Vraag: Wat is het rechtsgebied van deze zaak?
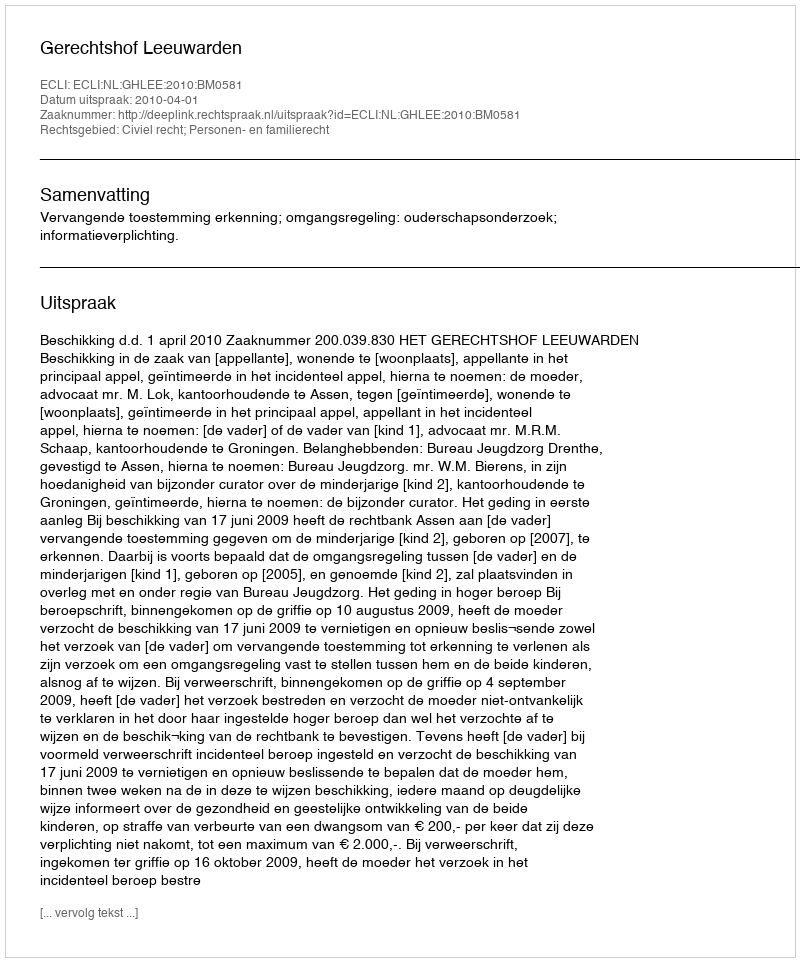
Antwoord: Civiel recht; Personen- en familierecht